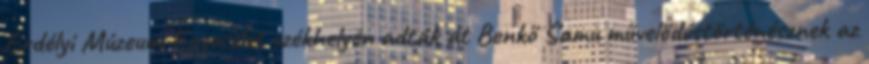
Erdélyi Múzeum-Egyesület székhelyén adták át Benkő Samu művelődéstörténésznek az